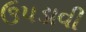
ઉપડાવી